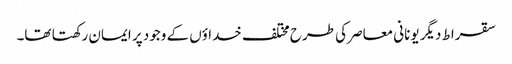
سقراط دیگر یونانی معاصر کی طرح مختلف خداؤں کے وجود پر ایمان رکھتا تھا۔